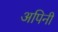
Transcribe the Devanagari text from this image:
अपिनी